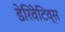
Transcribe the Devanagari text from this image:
डेरिवेटिव्स